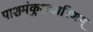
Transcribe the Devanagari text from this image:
पाशमंकुशधारिणम्